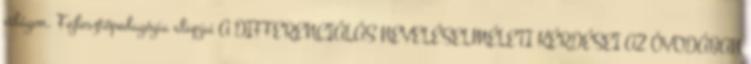
világon. Fejlesztőpedagógia alapjai A DIFFERENCIÁLÁS NEVELÉSELMÉLETI KÉRDÉSEI AZ ÓVODÁBAN